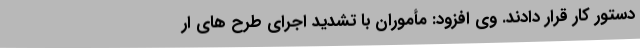
دستور کار قرار دادند. وی افزود: مأموران با تشدید اجرای طرح های ار